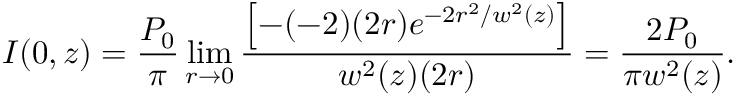
I ( 0 , z ) = { \frac { P _ { 0 } } { \pi } } \operatorname* { l i m } _ { r \to 0 } { \frac { \left[ - ( - 2 ) ( 2 r ) e ^ { - 2 r ^ { 2 } / w ^ { 2 } ( z ) } \right] } { w ^ { 2 } ( z ) ( 2 r ) } } = { \frac { 2 P _ { 0 } } { \pi w ^ { 2 } ( z ) } } .